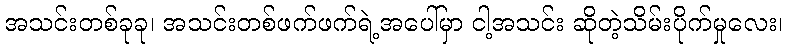
အသင်းတစ်ခုခု၊ အသင်းတစ်ဖက်ဖက်ရဲ့အပေါ်မှာ ငါ့အသင်း ဆိုတဲ့သိမ်းပိုက်မှုလေး၊